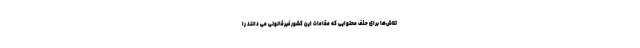
تلاش‌ها برای حذف محتوایی که مقامات این کشور غیرقانونی می دانند را